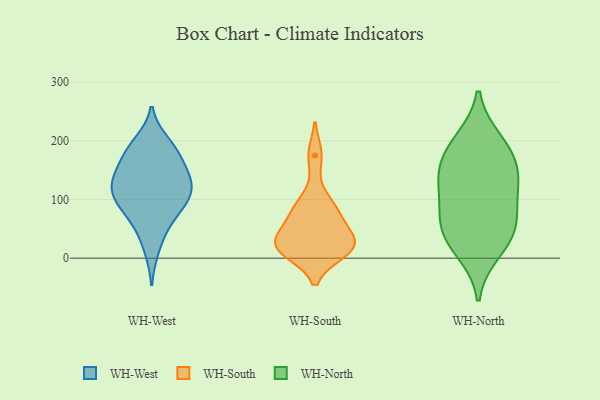
{"axis": {"x": "Tickets Resolved", "y": "Value"}, "legend": ["WH-North", "WH-South", "WH-West"], "data": [{"x": "", "y": 90, "type": "WH-West"}, {"x": "", "y": 138, "type": "WH-West"}, {"x": "", "y": 193, "type": "WH-West"}, {"x": "", "y": 127, "type": "WH-West"}, {"x": "", "y": 160, "type": "WH-West"}, {"x": "", "y": 143, "type": "WH-West"}, {"x": "", "y": 179, "type": "WH-West"}, {"x": "", "y": 92, "type": "WH-West"}, {"x": "", "y": 60, "type": "WH-West"}, {"x": "", "y": 178, "type": "WH-West"}, {"x": "", "y": 100, "type": "WH-West"}, {"x": "", "y": 53, "type": "WH-West"}, {"x": "", "y": 198, "type": "WH-West"}, {"x": "", "y": 136, "type": "WH-West"}, {"x": "", "y": 14, "type": "WH-West"}, {"x": "", "y": 98, "type": "WH-West"}, {"x": "", "y": 119, "type": "WH-West"}, {"x": "", "y": 115, "type": "WH-West"}, {"x": "", "y": 19, "type": "WH-South"}, {"x": "", "y": 175, "type": "WH-South"}, {"x": "", "y": 32, "type": "WH-South"}, {"x": "", "y": 26, "type": "WH-South"}, {"x": "", "y": 74, "type": "WH-South"}, {"x": "", "y": 11, "type": "WH-South"}, {"x": "", "y": 13, "type": "WH-South"}, {"x": "", "y": 33, "type": "WH-South"}, {"x": "", "y": 76, "type": "WH-South"}, {"x": "", "y": 95, "type": "WH-South"}, {"x": "", "y": 12, "type": "WH-North"}, {"x": "", "y": 74, "type": "WH-North"}, {"x": "", "y": 139, "type": "WH-North"}, {"x": "", "y": 43, "type": "WH-North"}, {"x": "", "y": 38, "type": "WH-North"}, {"x": "", "y": 200, "type": "WH-North"}, {"x": "", "y": 70, "type": "WH-North"}, {"x": "", "y": 128, "type": "WH-North"}, {"x": "", "y": 189, "type": "WH-North"}, {"x": "", "y": 126, "type": "WH-North"}, {"x": "", "y": 166, "type": "WH-North"}]}